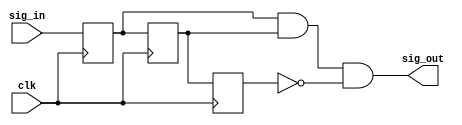
`timescale 1ns / 1ps
//////////////////////////////////////////////////////////////////////////////////
// Company: IPEECS
//////////////////////////////////////////////////////////////////////////////////
//make sure the state is stable
//make the signal clear
module debounce(
    input clk,
    input  sig_in,
    output sig_out
    );

	reg q1;
	reg q2;
	reg q3;
	
	always @ (posedge clk)
	begin
		q1 <= sig_in;
		q2 <= q1;
		q3 <= q2;
	end
	
	assign sig_out = q1 & q2 & (!q3);
	
endmodule